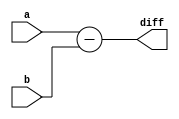
`timescale 1ns / 1ps

// SUBTRACTOR
module SUB #(parameter DATAWIDTH = 4)(a, b, diff);
    input      [DATAWIDTH-1:0] a, b;
    output reg [DATAWIDTH-1:0] diff;
    
    always @(a,b) begin
        diff <= a - b;
    end
endmodule